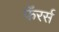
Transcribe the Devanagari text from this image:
फॅरर्स